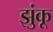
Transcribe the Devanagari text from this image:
झुंकू